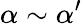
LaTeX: \alpha\sim\alpha^{\prime}